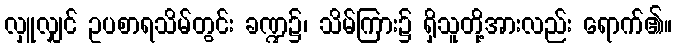
လှူလျှင် ဥပစာရသိမ်တွင်း ခဏ္ဍ၌၊ သိမ်ကြား၌ ရှိသူတို့အားလည်း ရောက်၏။